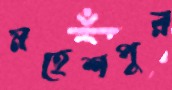
মহেশপুর